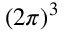
( 2 \pi ) ^ { 3 }